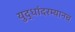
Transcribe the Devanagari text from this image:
युद्धांदरम्यानच